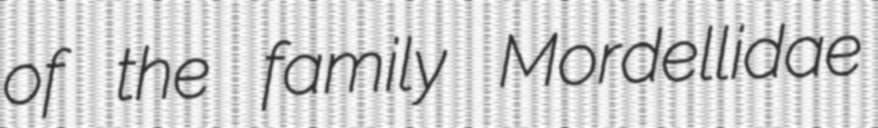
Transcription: of the family Mordellidae